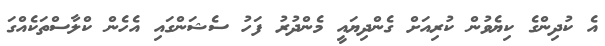
އެ ކުދިންގެ ކިޔެވުން ކުރިއަށް ގެންދިޔައީ މެންދުރު ފަހު ސެޝަންގައި އެހެން ކްލާސްތަކެއްގަ